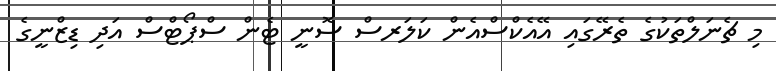
މި ޗެނަލްތަކުގެ ތެރޭގައި އޭއެކްސްއެން ކަލަރސް ސޮނީ ޓެން ސްޕޯޓްސް އަދި ޑިޒްނީގެ